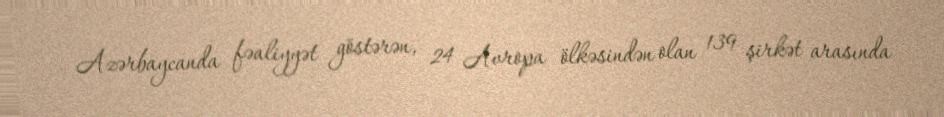
Azərbaycanda fəaliyyət göstərən, 24 Avropa ölkəsindən olan 139 şirkət arasında